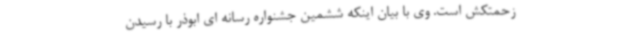
زحمتکش است. وی با بیان اینکه ششمین جشنواره رسانه ای ابوذر با رسیدن